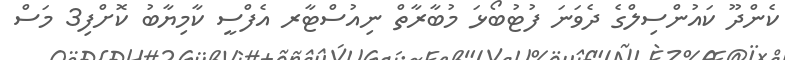
ކެންދޫ ކައުންސިލްގެ ދެވަނަ ފުޓުބޯޅަ މުބާރާތް ނިއުސްޓާރ އެފްސީ ކާމިޔާބު ކޮށްފި3 މަސް